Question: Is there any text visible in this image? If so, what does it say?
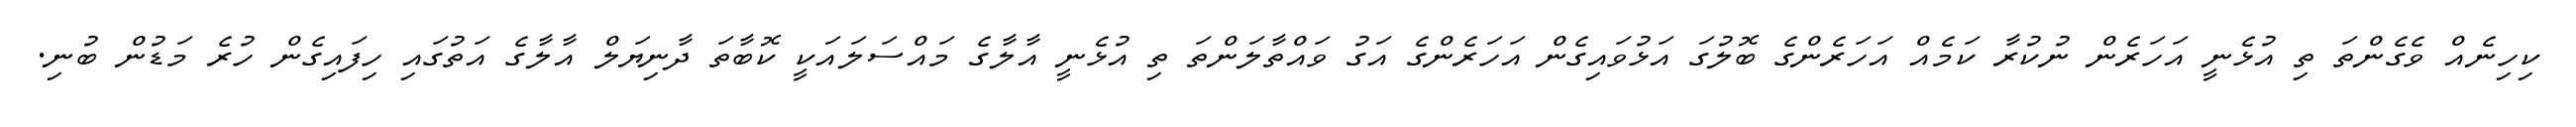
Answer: ކިހިނެއް ވެގެންތަ ތި އުޅެނީ އަހަރެން ނުކުރާ ކަމެއް އަހަރެންގެ ބޮލުގަ އަޅުވައިގެން އަހަރެންގެ އަގު ވައްތާލަންތަ ތި އުޅެނީ އާލާގެ މައްސަލައަކީ ކޮބާތަ ދާނިޔަލް އާލާގެ އަތުގައި ހިފައިގެން ހުރެ މަޑުން ބުނި.